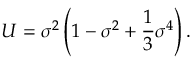
U = { \sigma } ^ { 2 } \left( 1 - { \sigma } ^ { 2 } + \frac { 1 } { 3 } { \sigma } ^ { 4 } \right) .